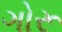
ગોરૂ